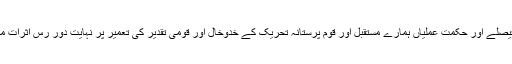
ہمارے آج کے فیصلے اور حکمت عملیاں ہمارے مستقبل اور قوم پرستانہ تحریک کے خدوخال اور قومی تقدیر کی تعمیر پر نہایت دور رس اثرات مرتب کرتے ہیں۔